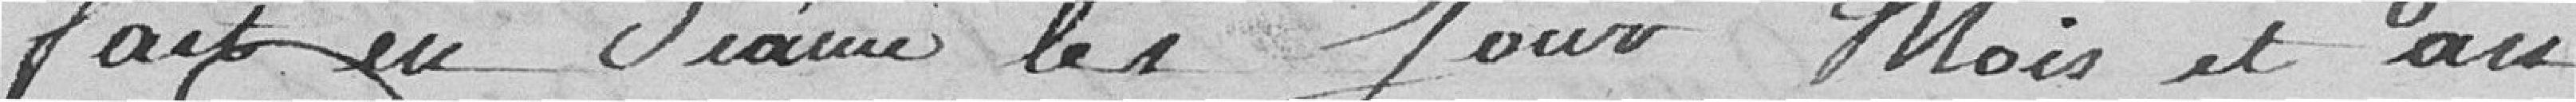
fait en séance les jours, mois et au